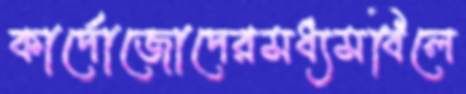
কার্দোজোদেরমধ্যমবিলে